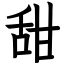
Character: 甜